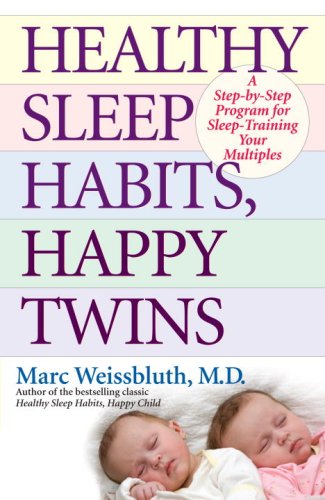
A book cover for Healthy Sleep Habits, Happy Twins: A Step-by-Step Program for Sleep-Training Your Multiples; Marc Weissbluth M.D.; Parenting & Relationships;